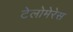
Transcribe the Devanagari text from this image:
टेलोमेरेस